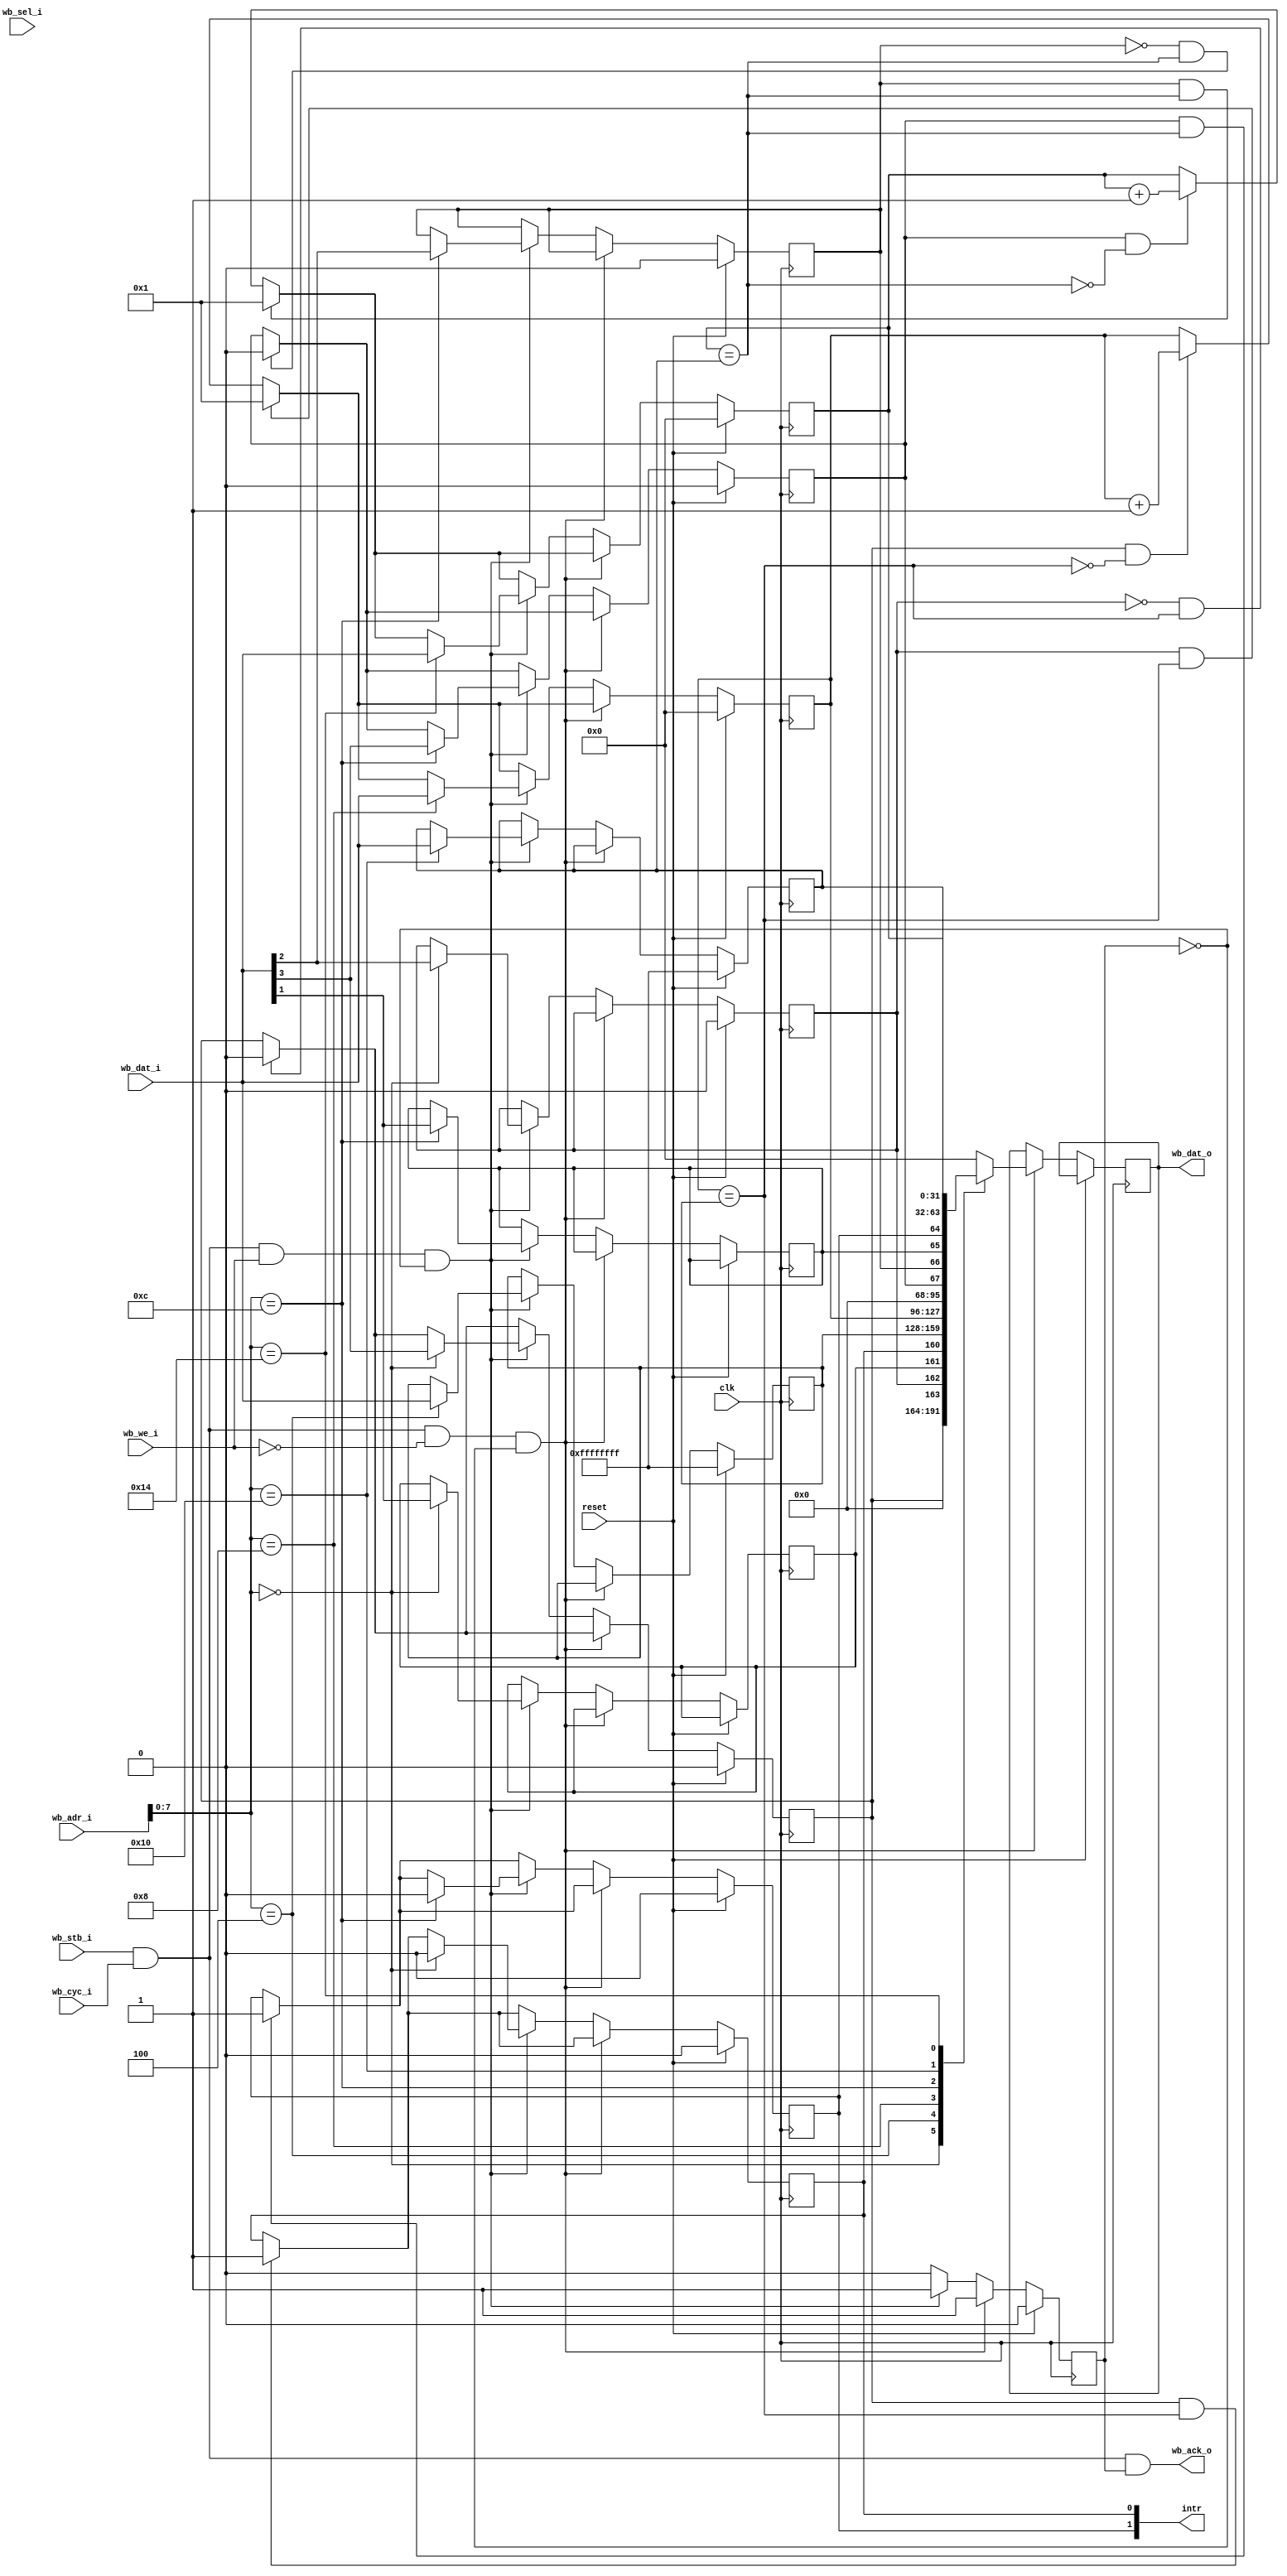
module wb_timer #(
	parameter          clk_freq = 50000000
) (
	input              clk,
	input              reset,
	// Wishbone interface
	input              wb_stb_i,
	input              wb_cyc_i,
	output             wb_ack_o,
	input              wb_we_i,
	input       [31:0] wb_adr_i,
	input        [3:0] wb_sel_i,
	input       [31:0] wb_dat_i,
	output reg  [31:0] wb_dat_o,
	//
	output       [1:0] intr
);

//---------------------------------------------------------------------------
// 
//---------------------------------------------------------------------------

reg irqen0, irqen1;
reg trig0, trig1;
reg en0, en1;
reg ar0, ar1;

wire [31:0] tcr0 = { 28'b0, en0, ar0, irqen0, trig0 };
wire [31:0] tcr1 = { 28'b0, en1, ar1, irqen1, trig1 };

reg  [31:0] counter0;
reg  [31:0] counter1;

reg  [31:0] compare0;
reg  [31:0] compare1;

wire match0 = (counter0 == compare0);
wire match1 = (counter1 == compare1);

assign intr = { trig1, trig0 };

reg  ack;
assign wb_ack_o = wb_stb_i & wb_cyc_i & ack;

wire wb_rd = wb_stb_i & wb_cyc_i & ~wb_we_i;
wire wb_wr = wb_stb_i & wb_cyc_i &  wb_we_i;

always @(posedge clk)
begin
	if (reset) begin
		ack      <= 0;
		en0      <= 0;
		en1      <= 0;
		ar0      <= 0;
		ar1      <= 0;
		trig0    <= 0;
		trig1    <= 0;
		counter0 <= 0;
		counter1 <= 0;
		compare0 <= 32'hFFFFFFFF;
		compare1 <= 32'hFFFFFFFF;
	end else begin

		// Handle counter 0
		if ( en0 & ~match0) counter0 <= counter0 + 1;
		if ( en0 &  match0) trig0    <= 1;
		if ( ar0 &  match0) counter0 <= 1;
		if (~ar0 &  match0) en0      <= 0;

		// Handle counter 1
		if ( en1 & ~match1) counter1 <= counter1 + 1;
		if ( en1 &  match1) trig1    <= 1;
		if ( ar1 &  match1) counter1 <= 1;
		if (~ar1 &  match1) en1      <= 0;

		// Handle WISHBONE access
		ack    <= 0;

		if (wb_rd & ~ack) begin           // read cycle
			ack <= 1;

			case (wb_adr_i[7:0])
			'h00: wb_dat_o <= tcr0;
			'h04: wb_dat_o <= compare0;
			'h08: wb_dat_o <= counter0;
			'h0c: wb_dat_o <= tcr1;
			'h10: wb_dat_o <= compare1;
			'h14: wb_dat_o <= counter1;
			default: wb_dat_o <= 32'b0;
			endcase
		end else if (wb_wr & ~ack ) begin // write cycle
			ack <= 1;

			case (wb_adr_i[7:0])
			'h00: begin
				trig0   <= 0;
				irqen0  <= wb_dat_i[1];
				ar0     <= wb_dat_i[2];
				en0     <= wb_dat_i[3];
			end
			'h04: compare0 <= wb_dat_i;
			'h08: counter0 <= wb_dat_i;
			'h0c: begin
				trig1   <= 0;
				irqen1  <= wb_dat_i[1];
				ar1     <= wb_dat_i[2];
				en1     <= wb_dat_i[3];
			end
			'h10: compare1 <= wb_dat_i;
			'h14: counter1 <= wb_dat_i;
			endcase
		end
	end
end


endmodule